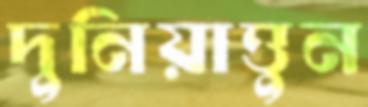
দুনিয়াত্তুন